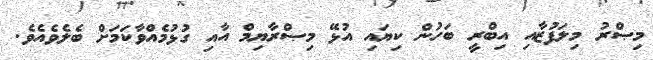
މިޞްރު މިލަފުޒާއި އިބްރީ ބަހުން ކިޔައި އުޅޭ މިޞްރާޔިމް އާއި ގުޅުމެއްވާކަމަށް ބެލެވެއެވެ.